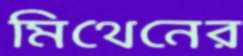
মিথেনের